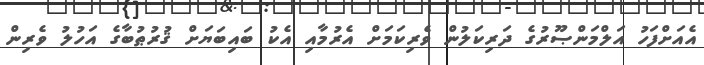
އެއަށްފަހު އަލްމަންޞޫރުގެ ދަރިކަލުން ވެރިކަމަށް އެރުމާއި އެކު ބައިބަޔަށް ޤުރުޠުބާގެ އަހުލު ވެރިން